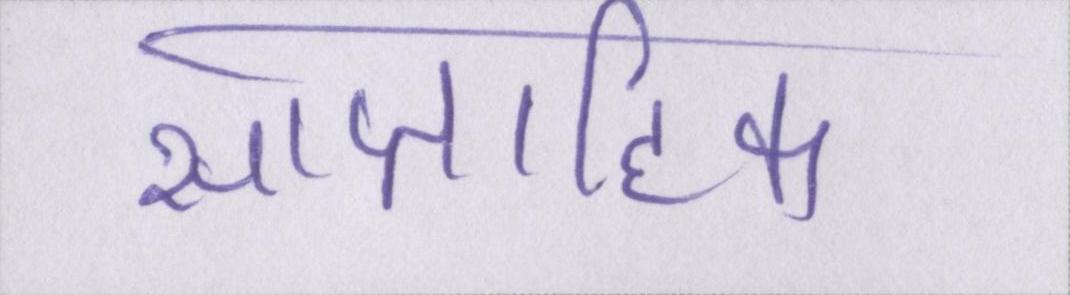
साप्ताहिक